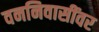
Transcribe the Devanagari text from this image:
वननिवासींवर